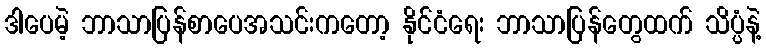
ဒါပေမဲ့ ဘာသာပြန်စာပေအသင်းကတော့ နိုင်ငံရေး ဘာသာပြန်တွေထက် သိပ္ပံနဲ့